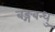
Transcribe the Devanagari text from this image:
बङ्गबन्धु